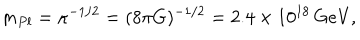
LaTeX: m _ { P l } = \kappa ^ { - 1 / 2 } = ( 8 \pi G ) ^ { - 1 / 2 } = 2 . 4 \times 1 0 ^ { 1 8 } \, \mathrm { G e V } ,